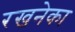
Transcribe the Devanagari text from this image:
रखनेका